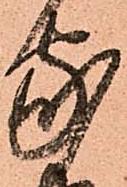
家